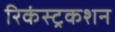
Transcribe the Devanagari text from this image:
रिकंस्ट्रकशन